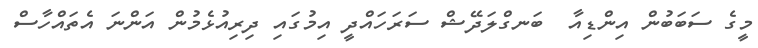
މީގެ ސަބަބުން އިންޑިއާ  ބަނގްލަދޭޝް ސަރަހައްދީ އިމުގައި ދިރިއުޅެމުން އަންނަ އެތައްހާސް